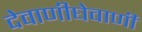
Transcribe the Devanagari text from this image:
देवाणीघेवाणी